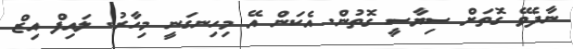
ނާދެވޭ ގޮތަށް ސިޔާސީ ގޮތުން. އެކަން އޭ މިހިނގަނީ މިހާރު. ލައިފް އިޒް